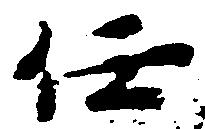
任